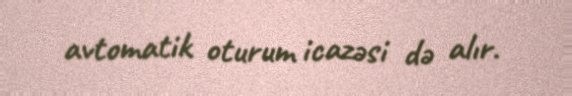
avtomatik oturum icazəsi də alır.